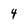
Character: 4